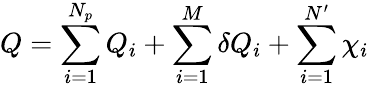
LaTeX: Q=\sum_{i=1}^{N_{p}}Q_{i}+\sum_{i=1}^{M}\delta Q_{i}+\sum_{i=1}^{N^{\prime}}\chi_{i}